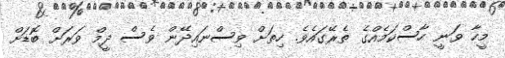
މީހާ ވަނީ ހާސްކަމެއްގެ ތެރޭގައެވެ. ހިތަށް ވިސްނައިދޭން ވެސް ދީމް ވަރަށް ބޮޑަށް